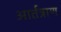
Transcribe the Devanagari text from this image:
आर्तत्राण